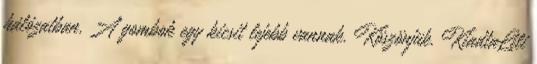
hálózatban. A gombok egy kicsit lejebb vannak. Köszönjük. KiadtaLili